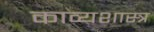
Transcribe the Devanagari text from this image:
काव्‍यशास्‍त्र